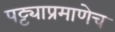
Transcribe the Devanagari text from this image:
पट्ट्याप्रमाणेच